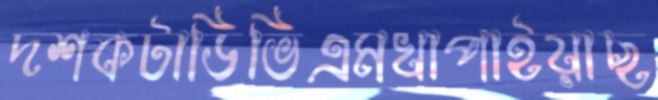
দশকটাডিভিএমখাপাইয়াছ